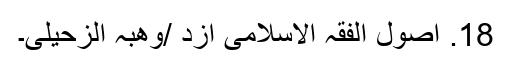
18. اصول الفقہ الاسلامی ازد /وھبہ الزحیلی۔